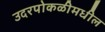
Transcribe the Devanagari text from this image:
उदरपोकळीमधील